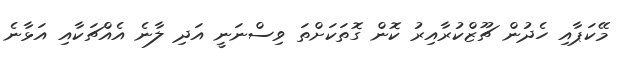
މޭކަޕާއި ހެދުން ޗޫޒްކުރާއިރު ކޮން ގޮތަކަށްތަ ވިސްނަނީ އަދި ލާނެ އެއްޗަކާއި އަޅާނެ